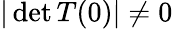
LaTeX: \vert\operatorname*{det}T(0)\vert\neq 0